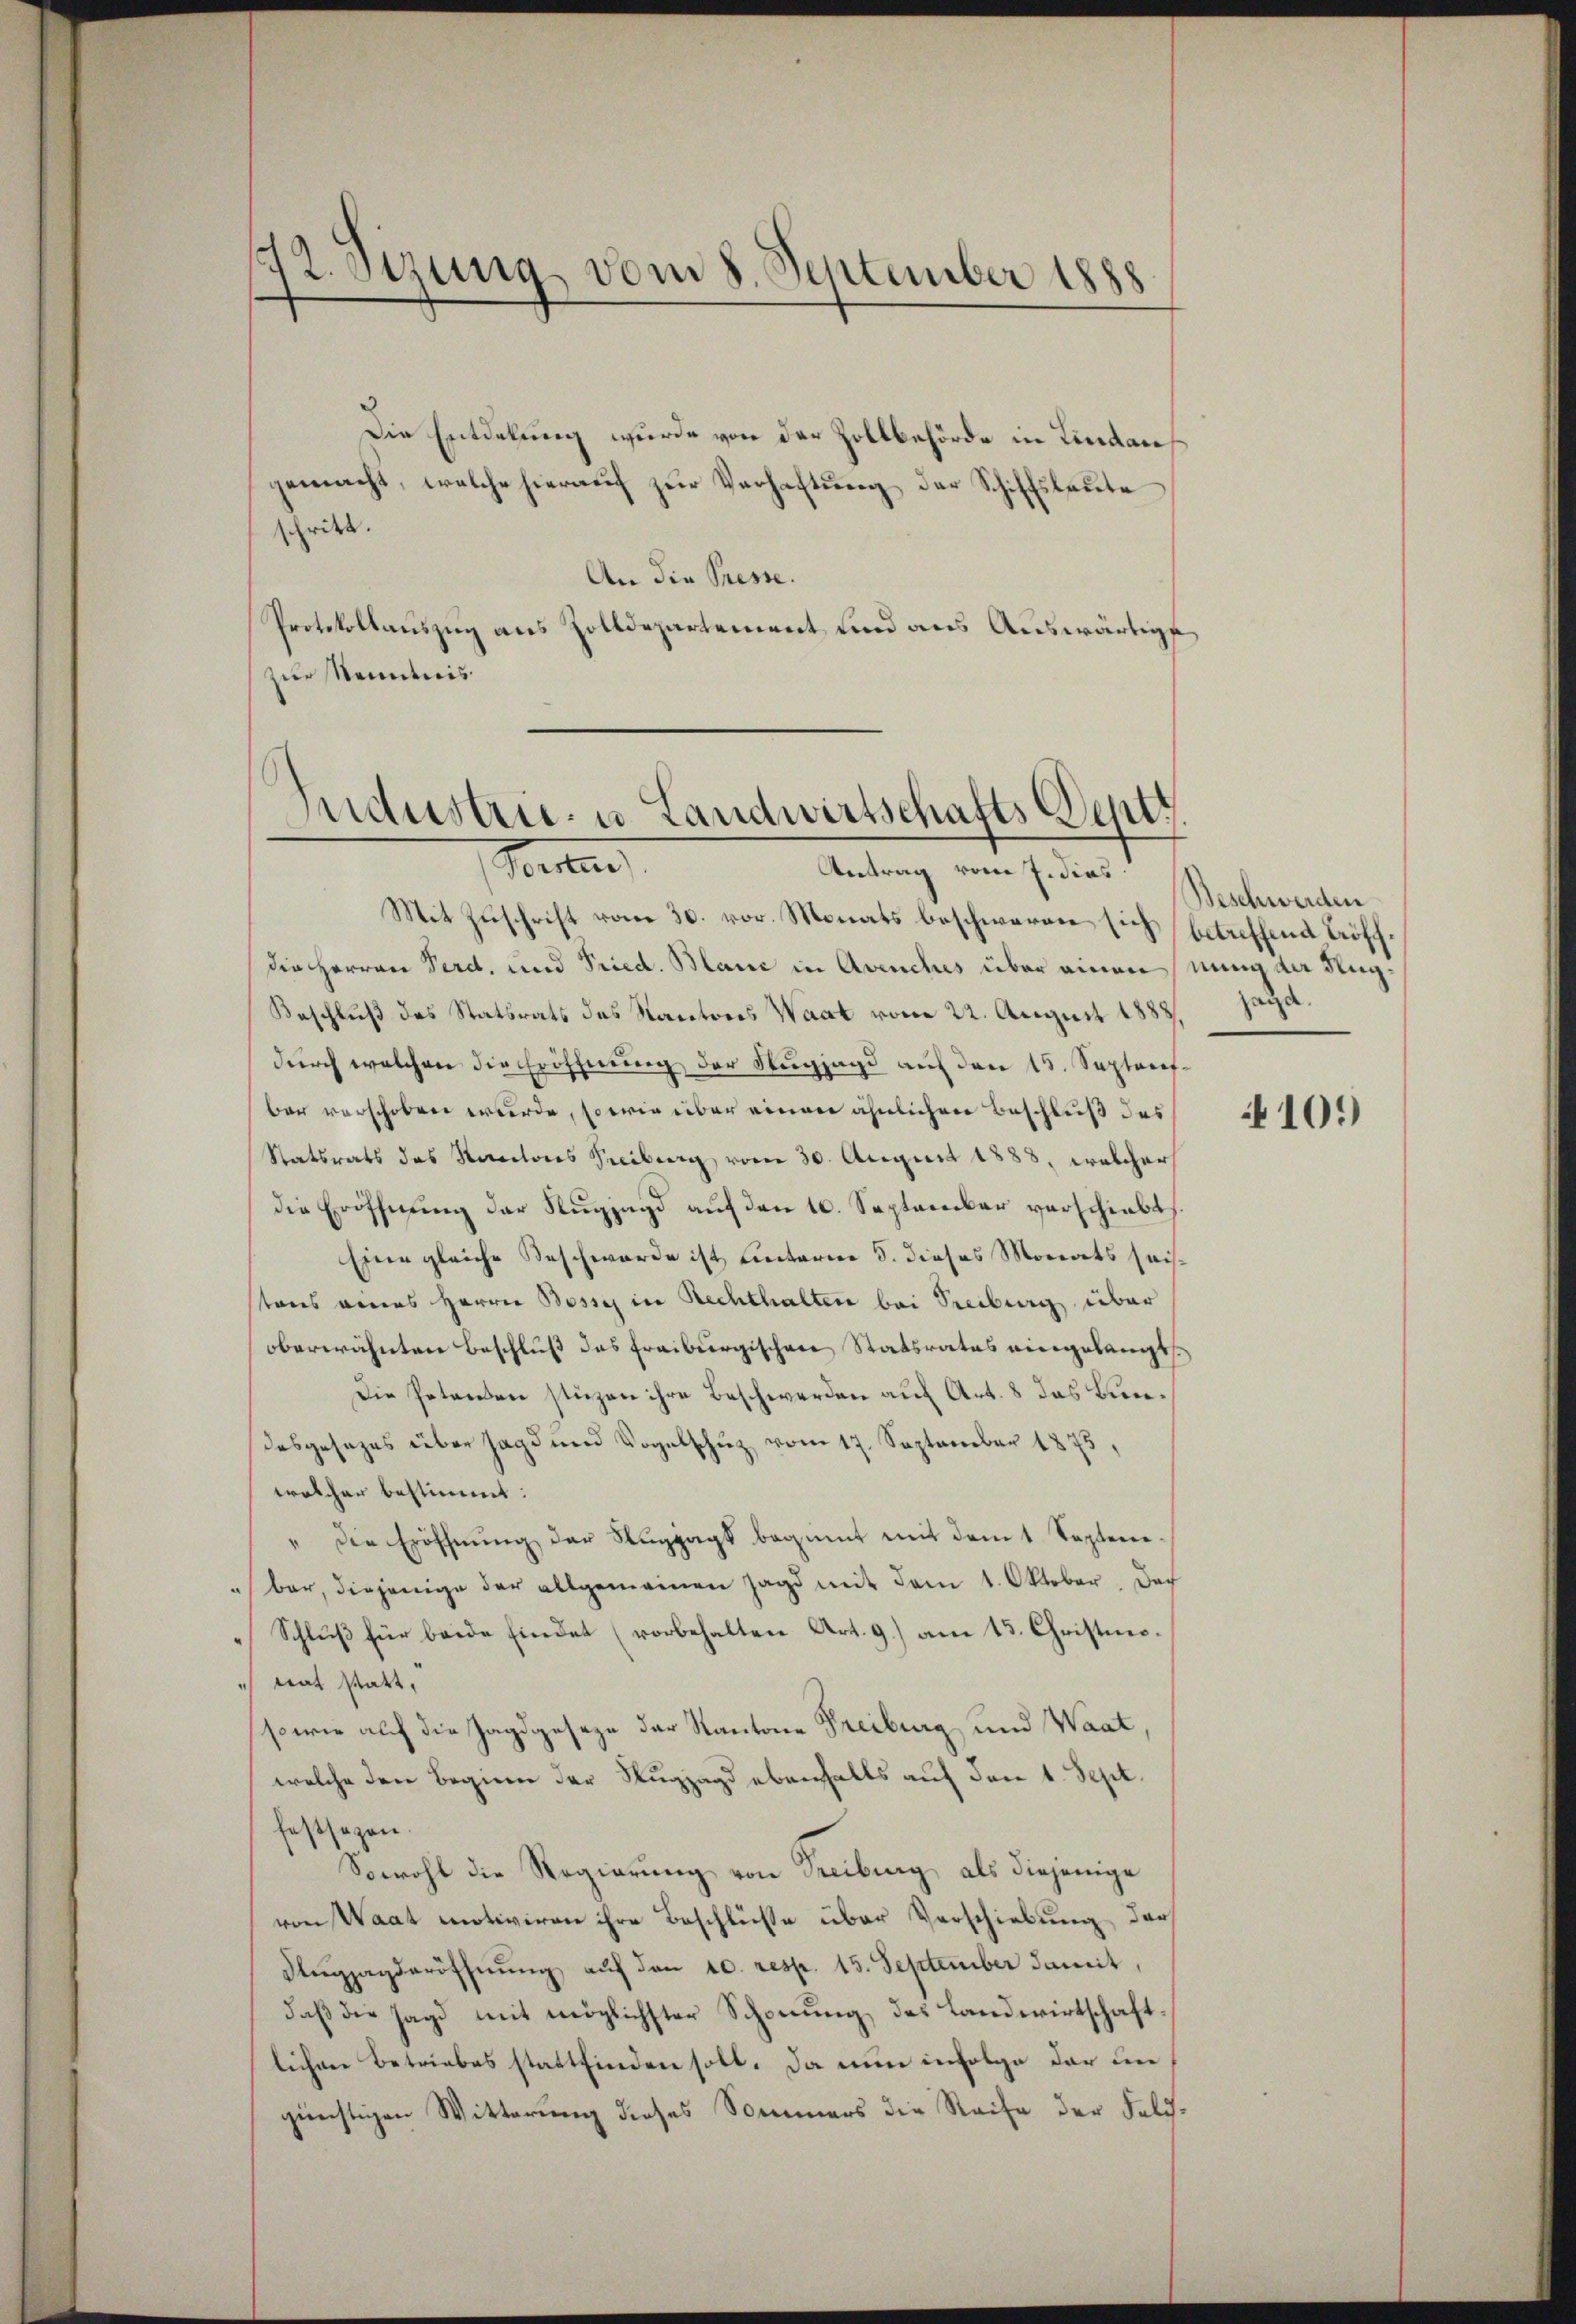
st. Sitzung vom 8. September 1888

Die Entdekung wurde von der Zollbehörde in Lindaus
gemacht, welche hierauf zur Verhaftung der Schiffslaute
schritt.
An die Presse.
Protokollauszug aus Zolldepartement und aus Auswärtige
zur Kenntnis

Industrie- u. Landwirtschafts-Depti
Herten
Antrag vom 7. dies

Mit Zuschrift vom 30. vor. Monats beschweren sich (betreffend Tröschdie Herren Perd, und Pried. Blanc in Avenches über einen nung der Nug¬
Beschluß des Statsrats des Kantons Waat vom 22. August 1888. Jagd.
durch welchen die Eröffnung der Stugjagd auf den 15. Septaufber verschoben wurde, so wie über einen ähnlichen Beschluß des
Statsrats des Kantons Freiburg vom 30. August 1888, welcher
die Eröffnung der Nugjagd auf den 10. September verschiebt
Eine gleiche Beschwerde ist hinterm 8. dieses Monats saistons veres Herrn Bosses in Rechthalten bei Treiburg über
oberwähnten Beschluß des Freiburgischen Statsrates eingelangt.
Die Petenden stüzen ihre Beschwerden auf Art. 8 das Bundesgesezes über Jagd und Vogelschuz vom 17. September 1873,
welcher bestimmt:
" die Eröffnung der Nugpags beginnt mit dem 1. Septembar, diejenige der allgemeinen Jagd mit dem 1. Oktober. Doch
Schlŭβ für beide findet (vorbehalten Art. 9.) am 15. Christmo¬
 tat statt,
sowie auf die Jagdgeseze der Kantone Freiburg und Waat,
welche den Beginn der Nugzagd ebenfalls auf den 1. Sept.
festsezen.
Sowohl die Regierung von Treiburg, als diejenige
von Waat motiviren ihre Beschlüße über Verschiebung der
Aŭgjagderöffnung auf den 10. resp. 15. September damit,
daß die Jagd mit möglichster Schonung des Landwirtschaftlichen Betriebes stattfinden soll. Da nun infolge der in
günstigen Witterung dieses Sommers die Reise der Feli¬

Beschwerden

101)